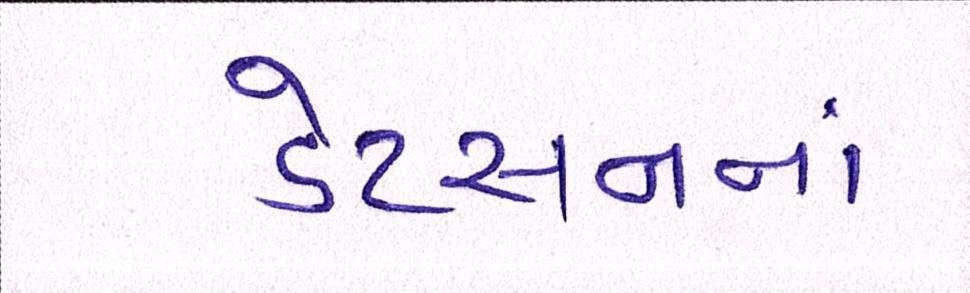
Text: ડેટસનનાં